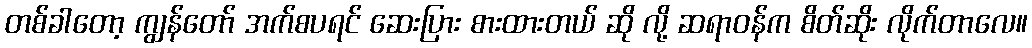
တစ်ခါတော့ ကျွန်တော် အက်စပရင် ဆေးပြား စားထားတယ် ဆို လို့ ဆရာဝန်က စိတ်ဆိုး လိုက်တာလေ။